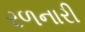
રળનારી